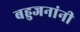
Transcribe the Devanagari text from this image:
बहुजनांनी